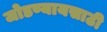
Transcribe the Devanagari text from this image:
जोडण्यायसाठी